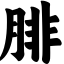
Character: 腓